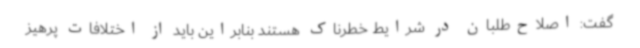
گفت: اصلاح‌طلبان در شرایط خطرناک هستند بنابراین باید از اختلافات پرهیز